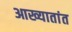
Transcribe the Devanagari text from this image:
आख्यातांत